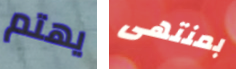
يهتم بمنتهى